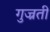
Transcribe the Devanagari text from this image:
गुज्रती